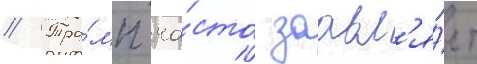
// Тра́мп ча́сто заавл'я́ет